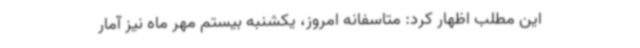
این مطلب اظهار کرد: متاسفانه امروز، یکشنبه بیستم مهر ماه نیز آمار